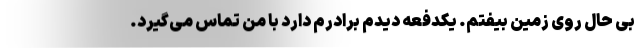
بی حال روی زمین بیفتم. یکدفعه دیدم برادرم دارد با من تماس می‌گیرد.